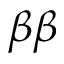
\beta \beta